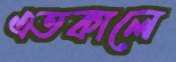
এতকালে